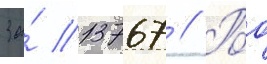
За́ 13767 // Роо